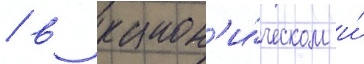
/ в канон'и́ческом и́